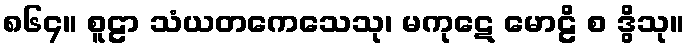
၈၆၄။ စူဠာ သံယတကေသေသု၊ မကုဋေ မောဠိ စ ဒွိသု။